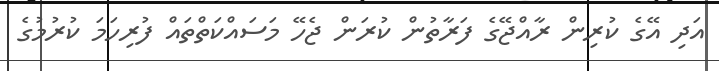
އަދި އޭގެ ކުރިން ރާއްޖޭގެ ފަރާތުން ކުރަން ޖެހޭ މަސައްކަތްތައް ފުރިހަމަ ކުރުމުގެ